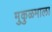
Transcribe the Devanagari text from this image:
मुकुळमाला